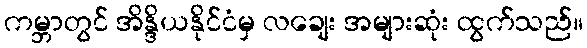
ကမ္ဘာတွင် အိန္ဒိယနိုင်ငံမှ လချေး အများဆုံး ထွက်သည်။